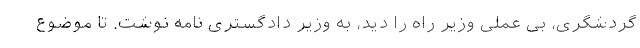
گردشگری، بی عملی وزیر راه را دید، به وزیر دادگستری نامه نوشت. تا موضوع